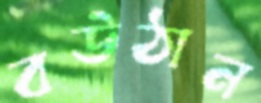
বউঠান